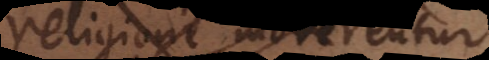
religione foret,